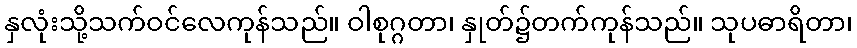
နှလုံးသို့သက်ဝင်လေကုန်သည်။ ဝါစုဂ္ဂတာ၊ နှုတ်၌တက်ကုန်သည်။ သုပဓာရိတာ၊